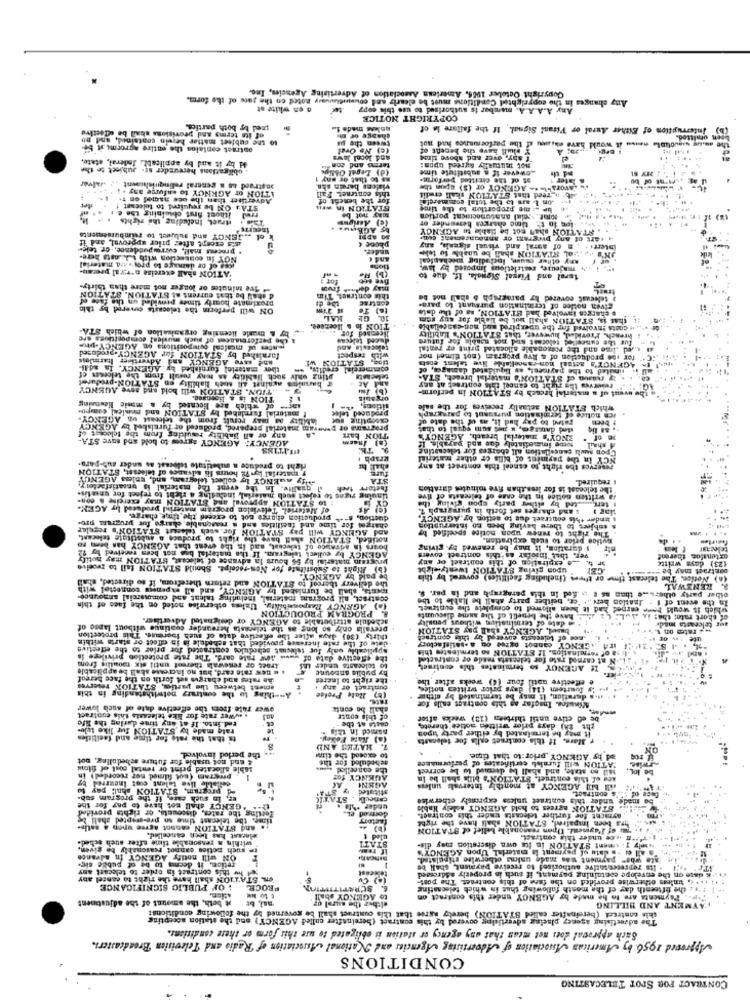
Copyright October 1966. American Association of Advertising Agencies, Inc.
Any changes in the copyrighted Conditions must be clearly and coumutluasy noted on the gars of the forma.
a en white at
Any A.A. A.A. mamber is authorised to ues this copy
COPYRIGHT NOTICE
of its terms and provisions shall be ectective
snel by both partica.
gniess made 1.
Interruption of Either Aural or Vitaal Signal. If the failure in ef
to the subject matter herein contained, and no
change of m
analy secoule www. it would have cumu if the performance had nut
pen omitted.
outract conlalos the entire agrocm; it be-
(e) Ne Ovat
tween the pa
plusll have the benefit of
Hd byy it and by applicabl. federal, state,
fany, over and above tiny
. obilgations hereunder ar- subject to the
(d) Legal Oblig
terms and con
not mutually agreed tipom:
Lowever if a mbatitele time
anatraed as s general relinquishsent .: Jalver
us to that or wny 1
a5 of the chtitted performn.
later
want of bu
OFF **
ATION or AGKNOY to «afurge 35, .. ..
vialens barein sha
.hvorable .- AGENCY or ($) spon the
Advertiret than the oce names on t.
for the benefit of
this contrnet Fail
on & ass to the total conamore !!
a Teed that STATION skall eredit
STA: ON be required to telecast !
Fred ithout Arst obulning the e.
STATION in wrll
me proportion to the timee
This . itract, Including the rights
May not be
somt. celal anasunociment portion
s AGBaus
les io t .: time charges hereunder or
STATION shal not be liable to AGENCY
mis except after prier approval, and if
of .. JENCY and subject to reimbursements
art of any prgram or announcement cone
. process mall, corrompusdence, or tele-
phone &
L STATION shall be unable to tobe
of aural and visual sigesh, any
interr.
NOT In connection with tlasts here-
and E
wy other osque, Including mechanical
'ATION shall exercise n"r;r.al presan-
ices of or damage to provwasa material
for #
(1)
LErel and Viasal Sionale. If. due to
a Tve minutes or longer not more than thirty.
may dermat
proximate hourly times provided on the face of
d shall be that current at STATION. STATION
this contract. Tim
Seheust covered ky paragraph & shall not be
ON will perform the telecasts covered by this
the de
given notlee of termination pursuant to para-
& charges involved bad STATION, sa of the dala
HAL
10. GL
that is, STATION ahall wul be liable for any som
by & musie licensing organization of willich STA-
TION is & lloersee.
++ costs involved for the unexpired and non-cancellable
a che performances of Bach musles! compositions ore
licensed for ..
duced telecan
Provided, however, that STATION's Hablilty
e cuneoiled celocast so not naable for future
furnished by STATION for AGENCY-prodased
rentes of musical compositions on AGENCY-pre
tekcavia and
me and the rotzonable allocatal print or rental
and save AGENCY and Advertiser harmlos
with respect
for .se production of 4 Kve program (not flimed nor
ther material furnished by AGENCY, IS adAl-
credits.
tige, STATION WI
commercial
inuited to the payment, as liquidated damages, of
AGENCY's actual non-cancellabile live talent ensts
E barsales against all such hability en STATION-produret
pting only such liability as tony result from the telceen ef
27 ruaaun of STATION'S material breach, STA-
TION. STATION will bold and anve AGENCY
and At
ight to cancel this contract at Bey
want of s material hrench by STATION in perform-
TION is & Hisensee.
organis
sat- of which are licensed by a music Hiesning
[ material furriabed by STATION and menical compte
sitions,
which STATION actaally receives for the sale
lability as may result from the telecast on AGENCY-
produced teles
Fated to pay hud It, as of the date of
ven notice of termination pursuant to paragraph
programs or pwwram material prepared, produced or furnishel by AGENCY
sted damarges, & nes sum equal to that
berts
AGENCY: AGENCY agrees to bold and save STA-
any or all liability rauldieg from the telecast of
(a) Insem
TION barz
torbe immediately doe and payable, If
INCY's material breach, AGENCY'S
3 of .
Upon such cancellation all charges for telecasting
A shail
NCY In the payment of Bills or other material
y material lon 72 hours th Mivance of telecast, STATION
right to produce a substitute telovast as under aus-para-
seserves the right to cancel this contract at any
y auENCY by collect telegram, and, Enles AGENCY
STA
qualite. In the event the material is unsatisfactory.
fretorv treh
"the telceast is for less than five minutes duration
& required.
: to STATION approval and STATION may exercise & con-
Unuing piges to reject auch material including a richt to reject for unslise
za written notice in the case of telecasts of five
tert ..... ted by either party epon giving the
of Materiel. Television program material produced by AGEK.
s and charges set forth in yuragraph T.
charges for time and facilities and a reasonable charge for programs pro-
duction, s+++ production charge not to exceed the time charge.
s tender this contract dus to setfor by AGENCY.
and AGENCY will pay STATION for. such talacust STATION's regular
The right to renew upon notice spoelfied by
s subject to there having been LO interruption
nouited, STATION shall have the right to produce a substitute telecast.
putice prior to such expiration.
AGENCY by collect telegram. If the material bas not been received by 72
hours in advance of telecast, nad in the event that AGENCY bas been so
I duration, it may be renewed by. giving
telecast
brugtum material by 96 hours In advance of telecast, STATION may notify
ver. theb Insofar as this contract covers
b. e expiration of this contract or any
extension therenf
(b) Right to Substitute for Now-receipt. Should STATION fail to zworive
upon giving STATION twenty-eight
(23) days writte
contract may be ===
be paid by AGENCY.
the delivery thereof to STATION and return therefrom, if so directed, shall
(a) Notion. The telecast time or thees (including facilities) covered by this
mousta, shall be furnished by AGENCY, and all expenses connestel with
Le than as E wn fed in this paragraph and in par. S.
RENEWAL
contract, all programs material, including talent and commercial announce-
Ination here, . "et, beither party shall be liable to the
In the event of 1
other party olhe
(a) AGENCY Responsibility, Unless otherwise noted on the faes of this
which it would have earned had it been allowed to complete the euntruct.
PROGRAM PRODUCTION
schedule attribetable to AGENCY or designated Advertiser.
to date of termination without penalty
but have the bebell of the same discounts
of short ratet that is, alw
.Dreralla only so long as the telecasts hereunder continue without lapse of
ball, AGENCY shall pay STATION
rates on
aur telcests mad.
thirty (30) days after the effective date of queh isorse. This protection
date of the rate increase provided that schedule in in effect or starta within
nee of telecasts covered by this contract
applicably caly fur telecast schedules contracted for prior to the effective
AGENCY cannot agree on a -satisfactory
of termination. If STATION no termisstre this
the effective date of wwww ine rate card. The zate protection privilege i
nt carned rate for telecasts made of contractel
Araes or renewala thereof until six months from
4 . new rate card, but no increase shall be applicable
by publie anboune
to telecasts under thi
If AGENCY so terminates this contract
he rates and cbargus set forth on the face bereol
-the right to ineres
e effective matil four (4) weeks after the
sent between the partie, STATION TOMeEYES
A -- thing to the contrary potwithstanding in this
buntract or any
'y fuertemn (14) days prior written notles,
(6) Rate Proige
is duration, it may be terminated by either
ower rate.frers the effective date of such lower
shall be conte
Minutes. Insofar as this contract calls for
ted.into. If at any time during the life
.wwwer rate for like telecasts this contract
of this contr
be ed ctive until thirteen (13) weeks after
rate made by STATION fur like we-
pared in this
casta at the .
it may be terminated by either party tipos
the EA) days prior written notice therete,
ta that the rate for time and facilities
(a) Rate Feley.
r. Mars. If this contract calls for telecasts
7. HATES AND
& and not usable for future scheduling, not
4. the perlod involved.
scheduled for the
to exceed the time
ad by 'AGENCY prior to that time.
sable allocated print or rental cost of filow
the concellod
ATION will furnish certificates of performance
14il go state, and shall be decened to be correct
program (not filmed nor recorded)
AUENCY for
ace of. this contract, STATION's bills shall be in
cellable live talent coot Incurred
&d program, STATION shal pay wu
stituted y
will Will AGENCY at monthly intervals unless
er, in such case, if the program sub-
canedk . STAT
under this contract unkas expressly otherwise
.'s contract.
made
AGENCY shall not have to pay for the
Teeling the rates, discounta, or rights provided
STATION agrees to hold AGENCY solely liable
time, the telecast time so pre-erspted shall &
factory
dermed
Syracht for further telecasts under this contract.
ha been Impaired, STATION shall have the right
and STATION cannot agree unon a satis-
% of Payment. Upen reasonable bellet of STATION
within a reasonable time after such sched.
elerast has been cancelled.
uled t
. Fn Hoe under this contract.
te such notice cannot reasonably be given,
miely f. imment STATION in Its own discretion may dis-
s all # -s date of payment la material Upon AGENCY'S
ON will notify AGENCY In advance
[ste when payment was made unless otherwise stipulated.
retice, it decms to be of public sin-
Www this contract in order to telecast any
tekicest
. Its representative authorised to receive payment, shall be
OIL STATION shall have the right to cancel any
unless otherwise provided on the fans of this contract. The post-
k date on the envelope containing payment, if such is properly addressed
1 OF PUBLIC SIGNIFICANCE
PROCE
6. SCRAT
12 the fifteenth day of the month following that in which telscasting
it beth, the amount of the adjustanent
to AGENCY sball
either the sural or
Paymenta are to be made by AGENCY under this contract on
nal, bE
this contract (bereinafter called STATION) berety agree that this ountract shall be governed by the following conditionst
PAYMENT AND HILLING
The advertising agency placing advertising covered by this contract (hereinafter called AGENCY) and the station socepting
Such approval does not mean that any agency or station is obligated to use this form or these conditions.
Approved 1956 by American Association of Advertising Agencies and National Association of Radio and Television Broadcasters.
CONDITIONS
CONTRACT FOR SPOT TELECASTING